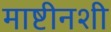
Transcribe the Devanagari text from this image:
माष्टीनशी